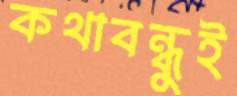
কথাবন্ধুই